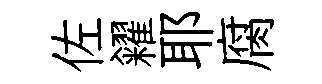
佐糴耶腐